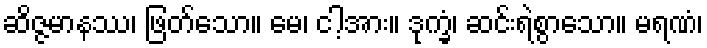
ဆိဇ္ဇမာနဿ၊ ဖြတ်သော။ မေ၊ ငါ့အား။ ဒုက္ခံ၊ ဆင်းရဲစွာသော။ မရဏံ၊